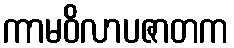
ကာမဝိလာပဇာတက